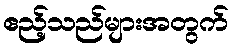
ဧည့်သည်များအတွက်